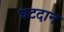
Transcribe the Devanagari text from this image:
घटदान